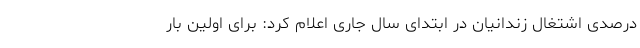
درصدی اشتغال زندانیان در ابتدای سال جاری اعلام کرد: برای اولین بار